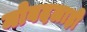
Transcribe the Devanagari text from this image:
मोबदलाही